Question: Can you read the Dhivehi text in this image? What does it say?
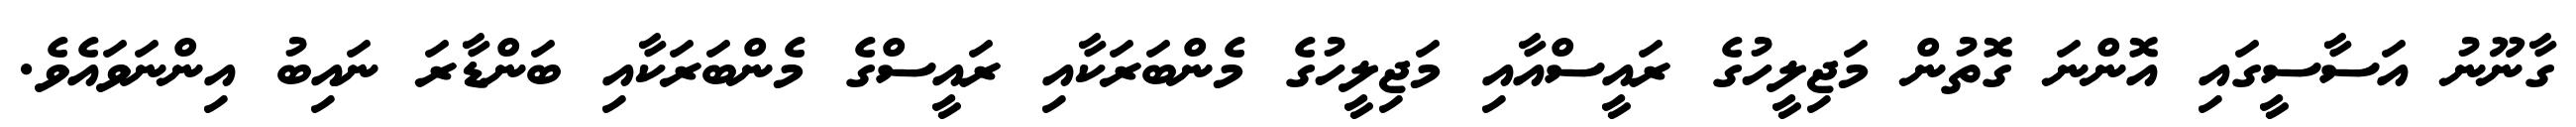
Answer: ގާނޫނު އަސާސީގައި އޮންނަ ގޮތުން މަޖިލީހުގެ ރައީސްއާއި މަޖިލީހުގެ މެންބަރަކާއި ރައީސްގެ މެންބަރަކާއި ބަންޑާރަ ނައިބު އިންނަވައެވެ.